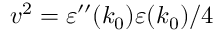
v ^ { 2 } = \varepsilon ^ { \prime \prime } ( k _ { 0 } ) \varepsilon ( k _ { 0 } ) / 4